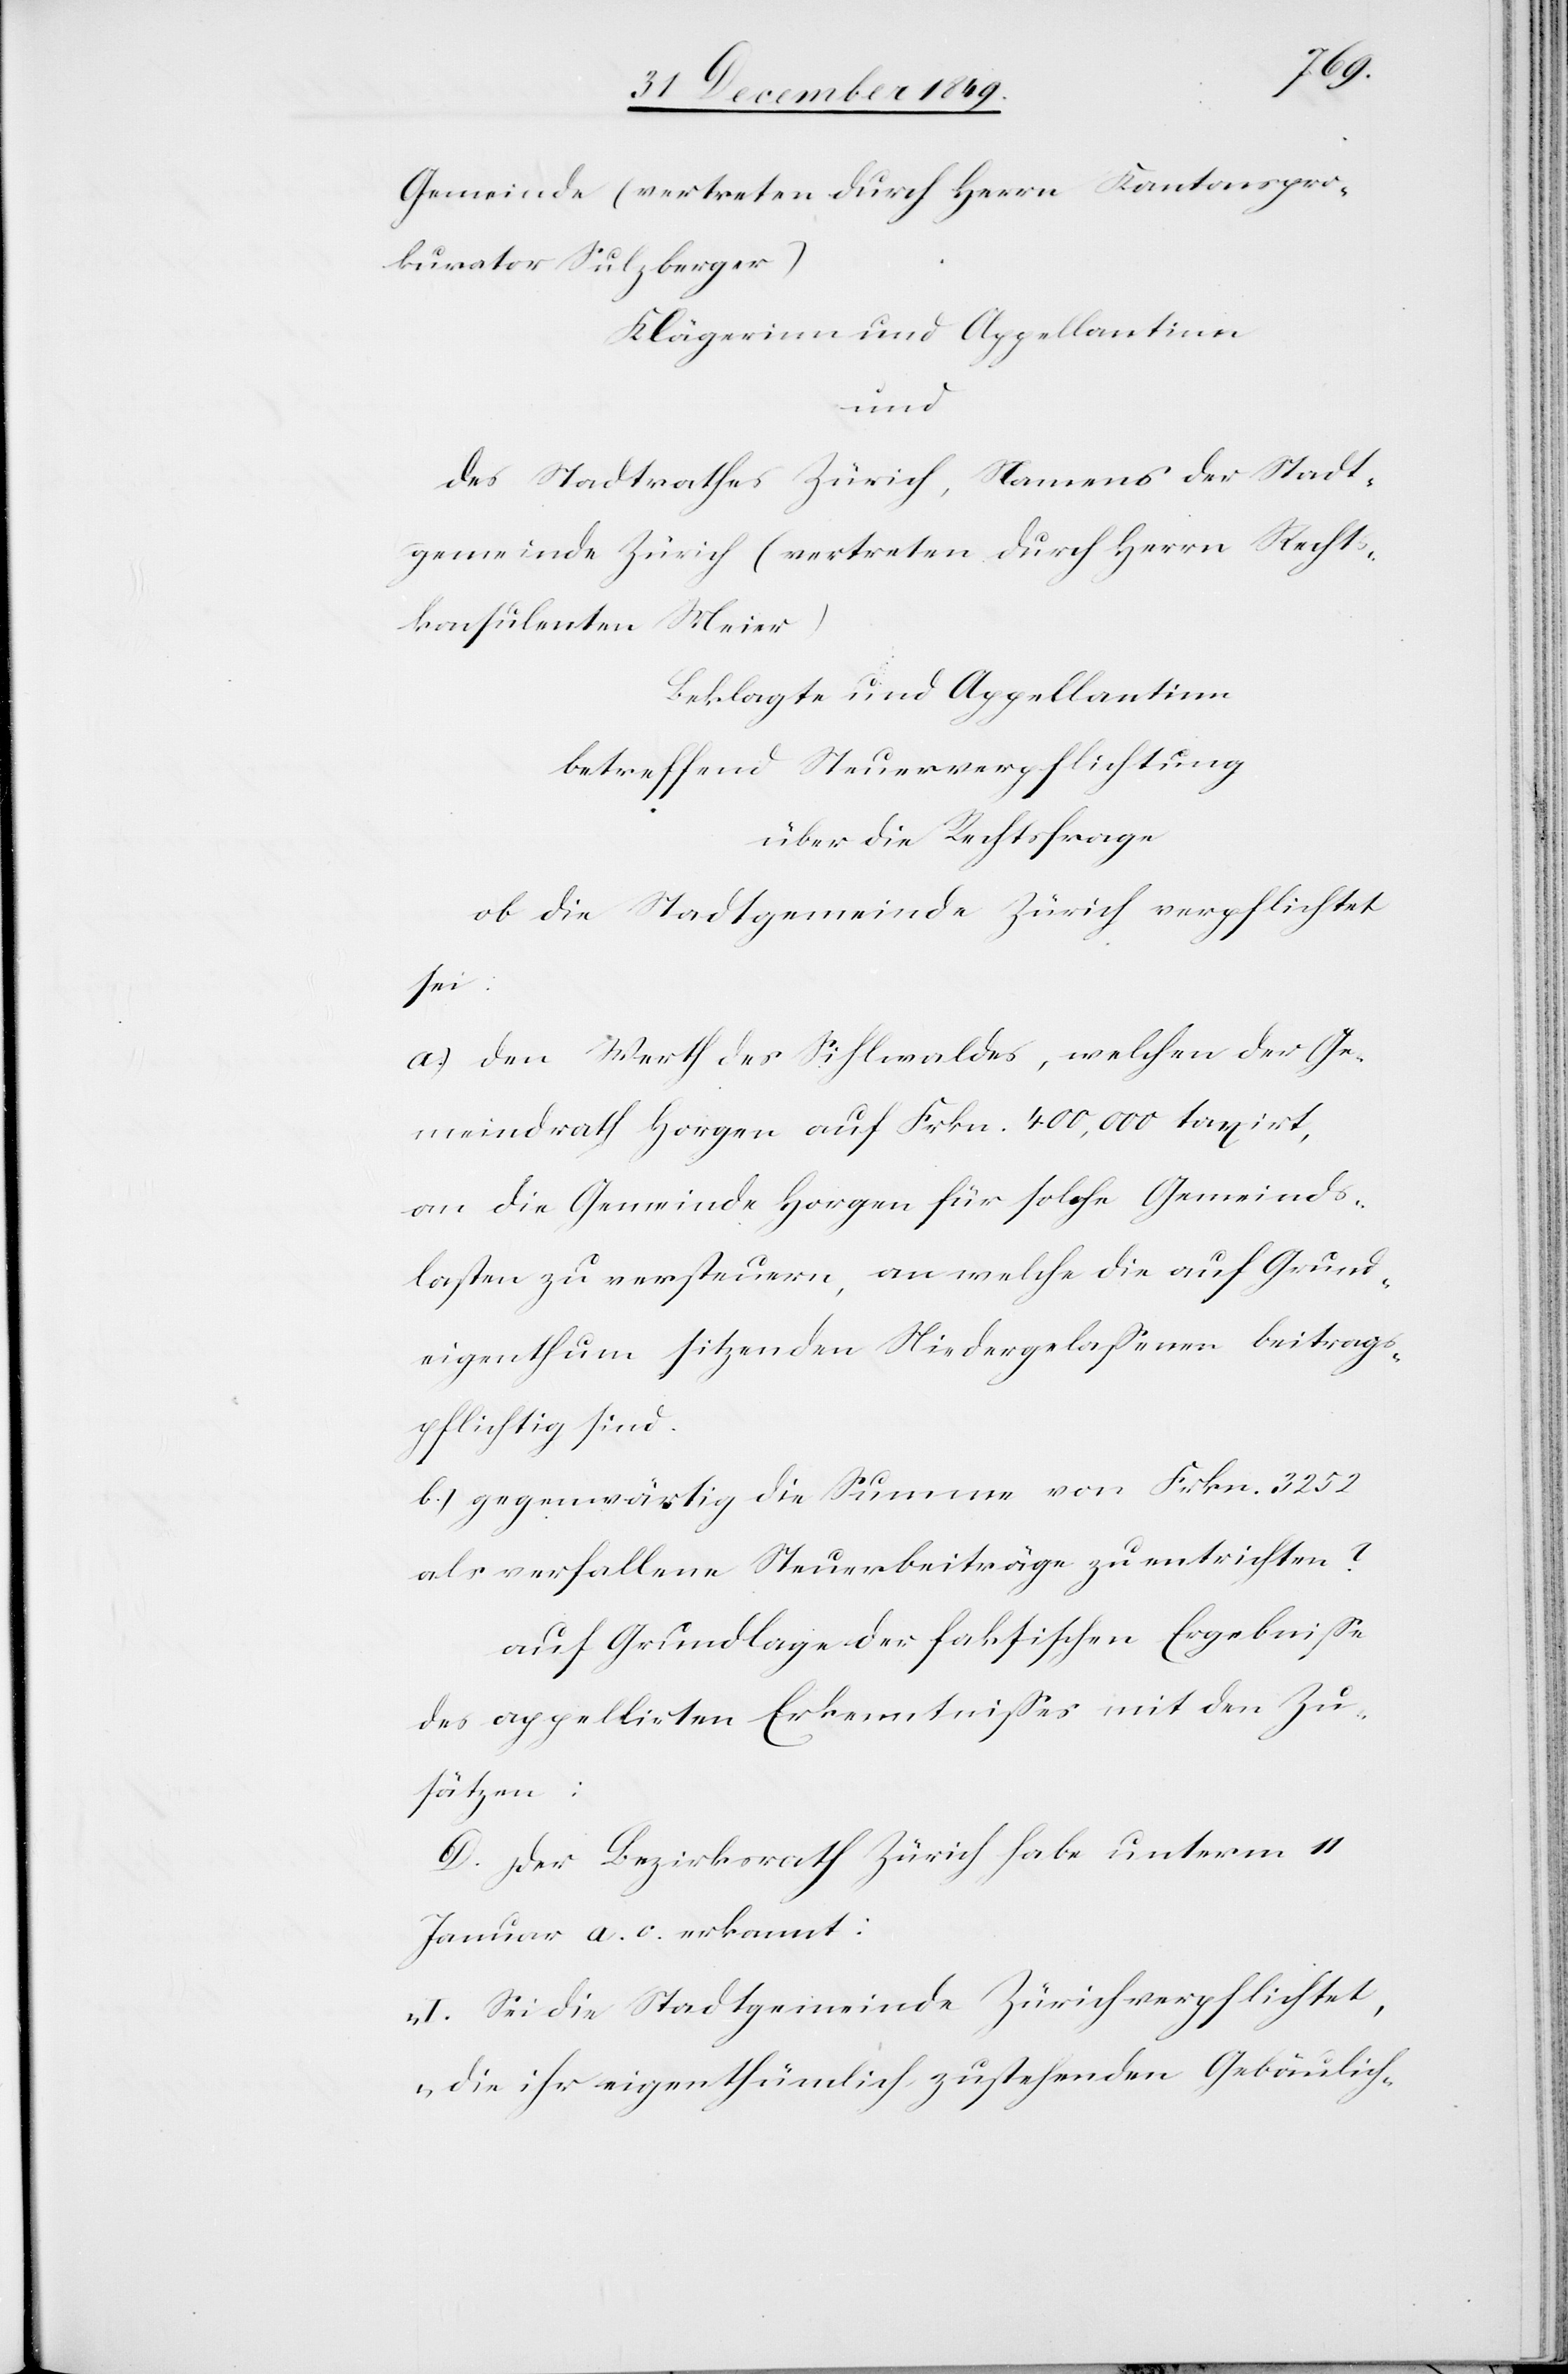
Gemeinde vertreten durch Herrn Kantons¬
kurator Sulzberger)
Klägerinn und Appellantinn
und
des Stadtrathes Zürich, Namens der Stadt¬
gemeinde Zürich (vertreten durch Herrn Rechts¬
konsulenten Meier)
Beklagte und Appellantinn
betreffend Steuerverpflichtung
über die Rechtsfrage
ob die Stadtgemeinde Zürich verpflichtet
sei:
a) den Werth des Sihlwaldes, welchen der Ge¬
meindrath Horgen auf Frkn. 400,000 taxirt,
an die Gemeinde Horgen für solche Gemeinds¬
lasten zu versteuern, an welche die auf Grund¬
eigenthum sitzenden Niedergelaßenen beitrags¬
pflichtig sind.
b.) gegenwärtig die Summe von Frkn. 3252
als verfallene Steuerbeiträge zu entrichten?
auf Grundlage der faktischen Ergebniße
des appellirten Erkenntnißes mit den Zu¬
sätzen:
D. Der Bezirksrath Zürich habe unterm 11
Januar a. c. erkannt:
„I. Sei die Stadtgemeinde Zürich verpflichtet,
die ihr eigenthümlich zustehenden Gebräuchlich-